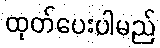
ထုတ်ပေးပါမည်